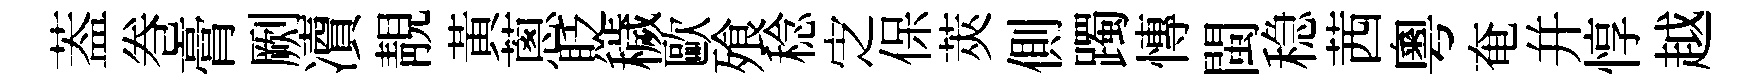
葢巻膏劂凟靚黃蔥貶穢歐飱稔㝎保莢側躅慱閩稳茜粵奄并惇越